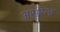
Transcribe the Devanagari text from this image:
असुरेन्द्र